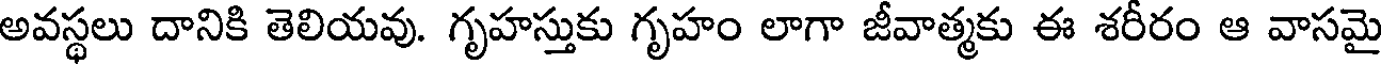
అవస్థలు దానికి తెలియవు. గృహస్తుకు గృహం లాగా జీవాత్మకు ఈ శరీరం ఆ వాసమై